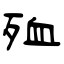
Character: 殈